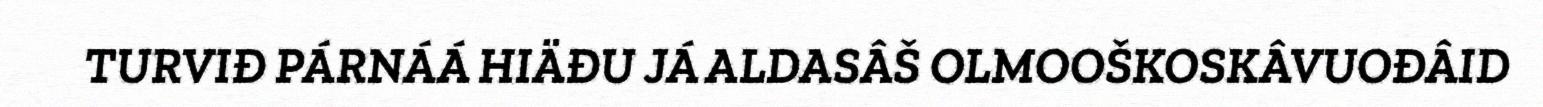
TURVIĐ PÁRNÁÁ HIÄĐU JÁ ALDASÂŠ OLMOOŠKOSKÂVUOĐÂID